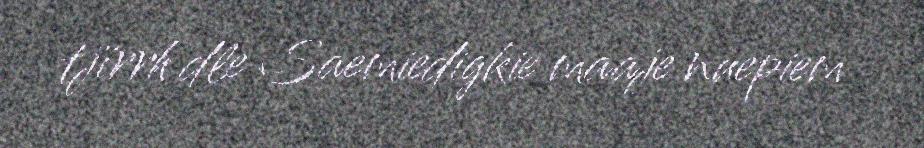
tjïrrh dle Saemiedigkie maaje nuepiem